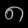
Digit: ၈